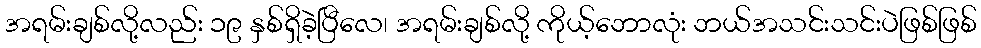
အရမ်းချစ်လို့လည်း ၁၉ နှစ်ရှိခဲ့ပြီလေ၊ အရမ်းချစ်လို့ ကိုယ့်ဘောလုံး ဘယ်အသင်းသင်းပဲဖြစ်ဖြစ်